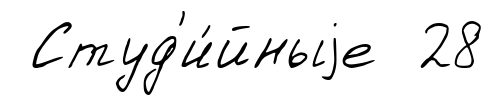
Студ'и́йныjе 28